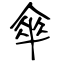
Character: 傘